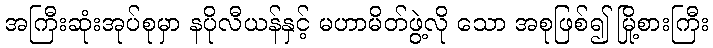
အကြီးဆုံးအုပ်စုမှာ နပိုလီယန်နှင့် မဟာမိတ်ဖွဲ့လို သော အစုဖြစ်၍ မြို့စားကြီး